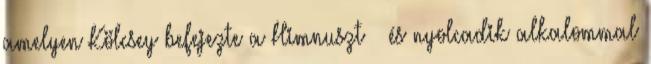
amelyen Kölcsey befejezte a Himnuszt – és nyolcadik alkalommal